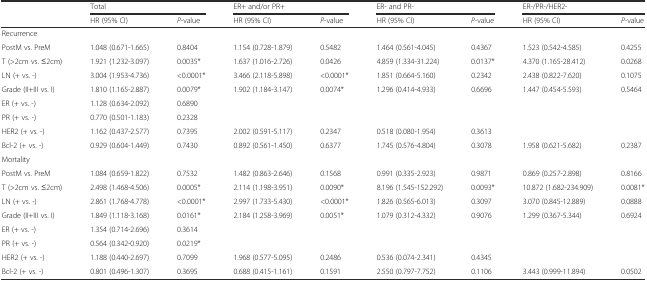
<table><thead><tr><td rowspan="2"></td><td colspan="2"><b>Total</b></td><td colspan="2"><b>ER+ and/or PR+</b></td><td colspan="2"><b>ER- and PR-</b></td><td colspan="2"><b>ER-/PR-/HER2-</b></td></tr><tr><td><b>HR (95% CI)</b></td><td><b><i>P</i>-value</b></td><td><b>HR (95% CI)</b></td><td><b><i>P</i>-value</b></td><td><b>HR (95% CI)</b></td><td><b><i>P</i>-value</b></td><td><b>HR (95% CI)</b></td><td><b><i>P</i>-value</b></td></tr></thead><tbody><tr><td colspan="9">Recurrence</td></tr><tr><td>PostM vs. PreM</td><td>1.048 (0.671-1.665)</td><td>0.8404</td><td>1.154 (0.728-1.879)</td><td>0.5482</td><td>1.464 (0.561-4.045)</td><td>0.4367</td><td>1.523 (0.542-4.585)</td><td>0.4255</td></tr><tr><td>T (&gt;2cm vs. ≤2cm)</td><td>1.921 (1.232-3.097)</td><td>0.0035*</td><td>1.637 (1.016-2.726)</td><td>0.0426</td><td>4.859 (1.334-31.224)</td><td>0.0137*</td><td>4.370 (1.165-28.412)</td><td>0.0268</td></tr><tr><td>LN (+ vs. -)</td><td>3.004 (1.953-4.736)</td><td>&lt;0.0001*</td><td>3.466 (2.118-5.898)</td><td>&lt;0.0001*</td><td>1.851 (0.664-5.160)</td><td>0.2342</td><td>2.438 (0.822-7.620)</td><td>0.1075</td></tr><tr><td>Grade (II+III vs. I)</td><td>1.810 (1.165-2.887)</td><td>0.0079*</td><td>1.902 (1.184-3.147)</td><td>0.0074*</td><td>1.296 (0.414-4.933)</td><td>0.6696</td><td>1.447 (0.454-5.593)</td><td>0.5464</td></tr><tr><td>ER (+ vs. -)</td><td>1.128 (0.634-2.092)</td><td>0.6890</td><td></td><td></td><td></td><td></td><td></td><td></td></tr><tr><td>PR (+ vs. -)</td><td>0.770 (0.501-1.183)</td><td>0.2328</td><td></td><td></td><td></td><td></td><td></td><td></td></tr><tr><td>HER2 (+ vs. -)</td><td>1.162 (0.437-2.577)</td><td>0.7395</td><td>2.002 (0.591-5.117)</td><td>0.2347</td><td>0.518 (0.080-1.954)</td><td>0.3613</td><td></td><td></td></tr><tr><td>Bcl-2 (+ vs. -)</td><td>0.929 (0.604-1.449)</td><td>0.7430</td><td>0.892 (0.561-1.450)</td><td>0.6377</td><td>1.745 (0.576-4.804)</td><td>0.3078</td><td>1.958 (0.621-5.682)</td><td>0.2387</td></tr><tr><td>Mortality</td><td></td><td></td><td></td><td></td><td></td><td></td><td></td><td></td></tr><tr><td>PostM vs. PreM</td><td>1.084 (0.659-1.822)</td><td>0.7532</td><td>1.482 (0.863-2.646)</td><td>0.1568</td><td>0.991 (0.335-2.923)</td><td>0.9871</td><td>0.869 (0.257-2.898)</td><td>0.8166</td></tr><tr><td>T (&gt;2cm vs. ≤2cm)</td><td>2.498 (1.468-4.506)</td><td>0.0005*</td><td>2.114 (1.198-3.951)</td><td>0.0090*</td><td>8.196 (1.545-152.292)</td><td>0.0093*</td><td>10.872 (1.682-234.909)</td><td>0.0081*</td></tr><tr><td>LN (+ vs. -)</td><td>2.861 (1.768-4.778)</td><td>&lt;0.0001*</td><td>2.997 (1.733-5.430)</td><td>&lt;0.0001*</td><td>1.826 (0.565-6.013)</td><td>0.3097</td><td>3.070 (0.845-12.889)</td><td>0.0888</td></tr><tr><td>Grade (II+III vs. I)</td><td>1.849 (1.118-3.168)</td><td>0.0161*</td><td>2.184 (1.258-3.969)</td><td>0.0051*</td><td>1.079 (0.312-4.332)</td><td>0.9076</td><td>1.299 (0.367-5.344)</td><td>0.6924</td></tr><tr><td>ER (+ vs. -)</td><td>1.354 (0.714-2.696)</td><td>0.3614</td><td></td><td></td><td></td><td></td><td></td><td></td></tr><tr><td>PR (+ vs. -)</td><td>0.564 (0.342-0.920)</td><td>0.0219*</td><td></td><td></td><td></td><td></td><td></td><td></td></tr><tr><td>HER2 (+ vs. -)</td><td>1.188 (0.440-2.697)</td><td>0.7099</td><td>1.968 (0.577-5.095)</td><td>0.2486</td><td>0.536 (0.074-2.341)</td><td>0.4345</td><td></td><td></td></tr><tr><td>Bcl-2 (+ vs. -)</td><td>0.801 (0.496-1.307)</td><td>0.3695</td><td>0.688 (0.415-1.161)</td><td>0.1591</td><td>2.550 (0.797-7.752)</td><td>0.1106</td><td>3.443 (0.999-11.894)</td><td>0.0502</td></tr></tbody></table>